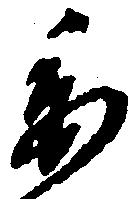
委